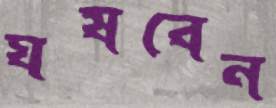
ঘষবেন